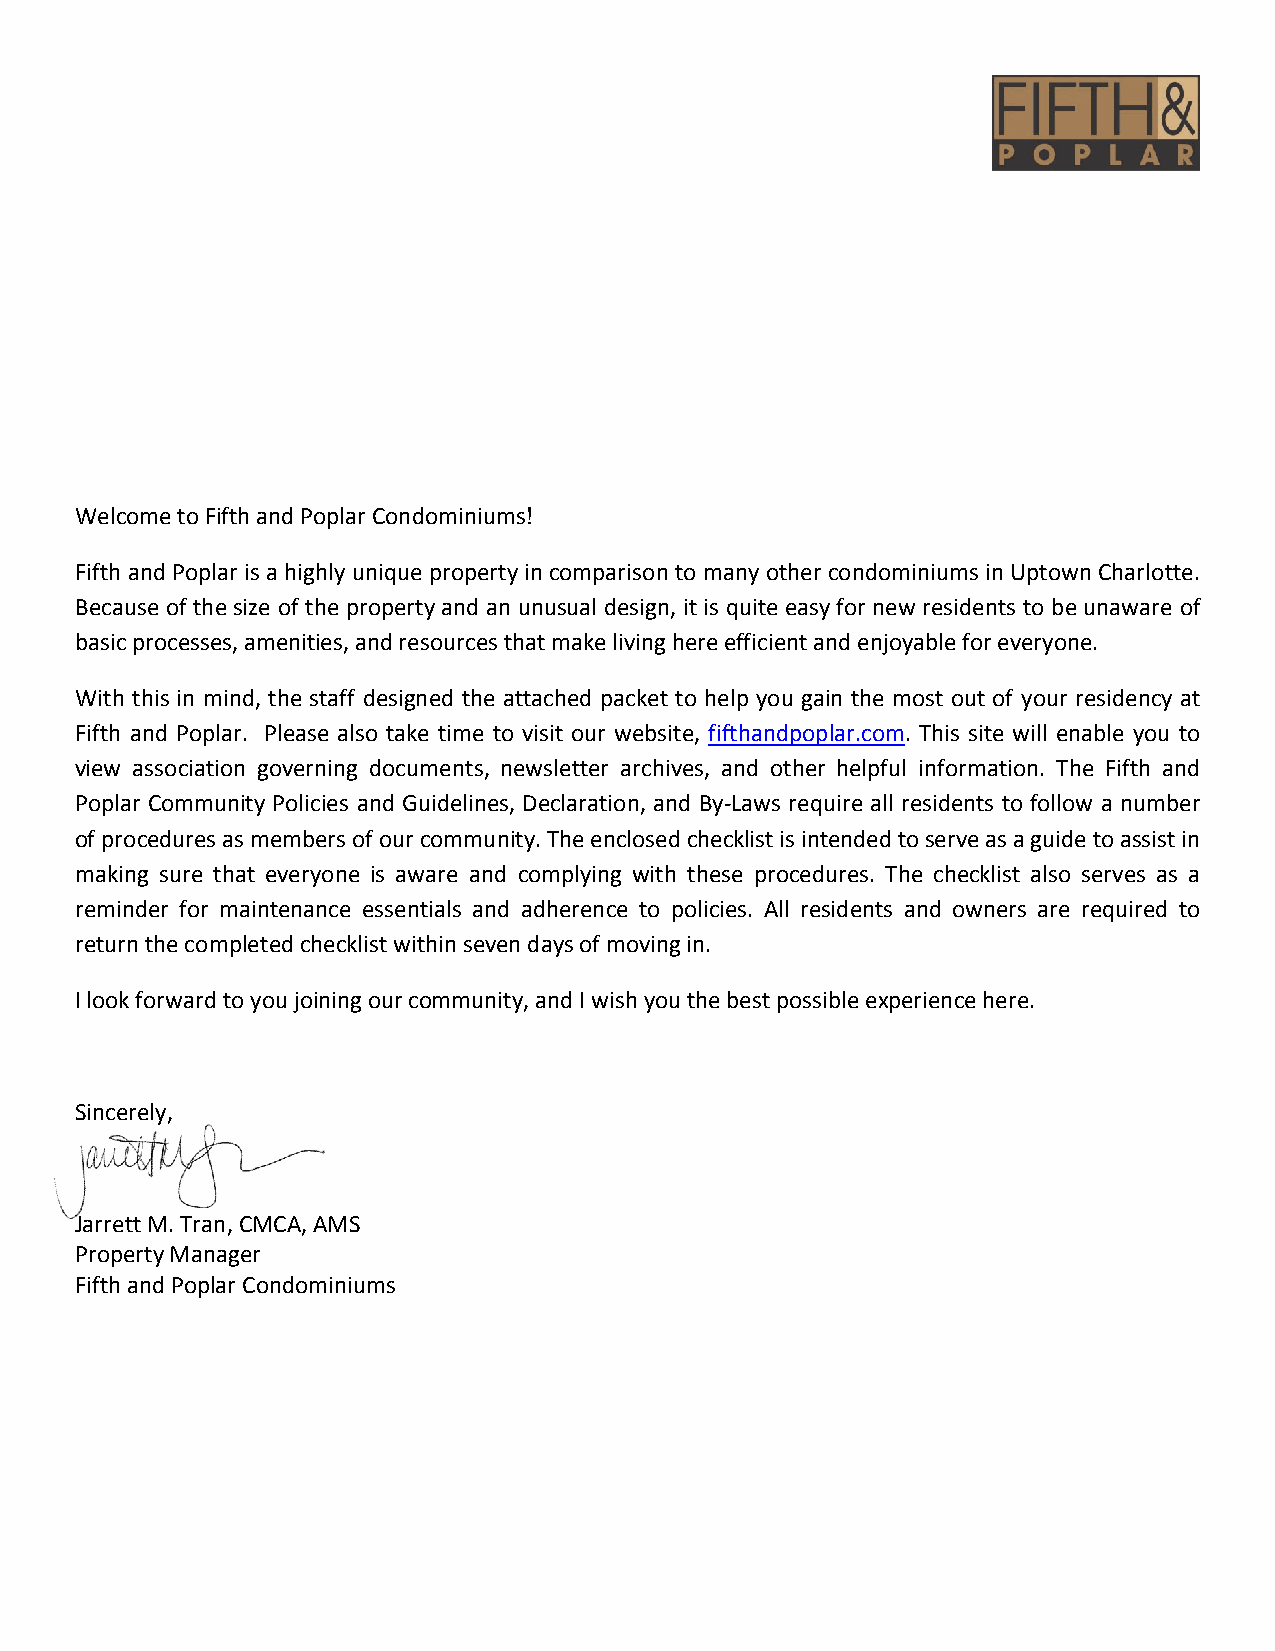
Welcome to Fifth and Poplar Condominiums!
 Fifth and Poplar is a highly unique property in comparison to many other condominiums in Uptown Charlotte.
 Because of the size of the property and an unusual design, it is quite easy for new residents to be unaware of
 basic processes, amenities, and resources that make living here efficient and enjoyable for everyone.
 With this in mind, the staff designed the attached packet to help you gain the most out of your residency at
 Fifth and Poplar. Please also take time to visit our website, fifthandpoplar.com. This site will enable you to
 view association governing documents, newsletter archives, and other helpful information. The Fifth and
 Poplar Community Policies and Guidelines, Declaration, and By-Laws require all residents to follow a number
 of procedures as members of our community. The enclosed checklist is intended to serve as a guide to assist in
 making sure that everyone is aware and complying with these procedures. The checklist also serves as a
 reminder for maintenance essentials and adherence to policies. All residents and owners are required to
 return the completed checklist within seven days of moving in.
 I look forward to you joining our community, and I wish you the best possible experience here.
 Sincerely,
 Jarrett M. Tran, CMCA, AMS
 Property Manager
 Fifth and Poplar Condominiums